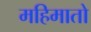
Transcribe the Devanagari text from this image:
महिमातो